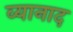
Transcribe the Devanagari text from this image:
व्यानाद